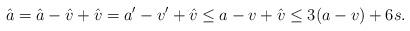
LaTeX: \begin{align*} \hat{a}=\hat{a}-\hat{v}+\hat{v} =a'-v'+\hat{v}\leq a-v+\hat{v}\leq 3(a-v)+6s.\end{align*}